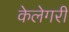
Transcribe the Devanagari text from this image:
केलेगरी